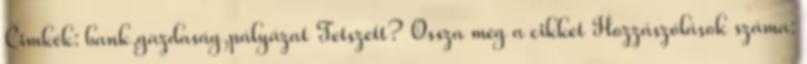
Cimkék: bank,gazdaság,pályázat Tetszett? Ossza meg a cikket Hozzászólások száma: